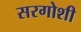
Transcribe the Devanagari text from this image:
सरगोशी